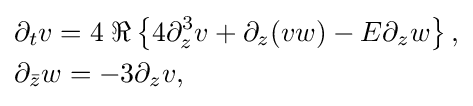
{\begin{aligned}&\partial _{t}v=4\;\Re \left\{4\partial _{z}^{3}v+\partial _{z}(vw)-E\partial _{z}w\right\},\\&\partial _{\bar {z}}w=-3\partial _{z}v,\end{aligned}}